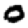
Digit: 0